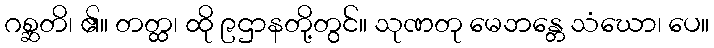
ဂစ္ဆတိ၊ ၏။ တတ္ထ၊ ထို ၉ဌာနတို့တွင်။ သုဏတု မေဘန္တေ သံဃော၊ ပေ။